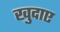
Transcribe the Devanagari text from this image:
खुदाए